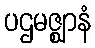
ပဌမဇ္ဈာနံ